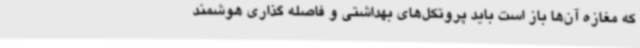
که مغازه آن‌ها باز است باید پروتکل‌های بهداشتی و فاصله گذاری هوشمند